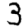
Digit: 3